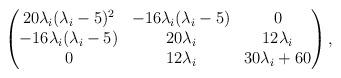
LaTeX: \begin{align*}\begin{pmatrix}20\lambda_i(\lambda_i-5)^2 & -16\lambda_i(\lambda_i-5) & 0\\-16\lambda_i(\lambda_i-5) & 20\lambda_i & 12\lambda_i \\0 & 12\lambda_i & 30\lambda_i+60 \end{pmatrix},\end{align*}